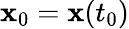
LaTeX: {\mathbf x}_{0}={\mathbf x}(t_{0})